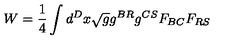
W = \frac { 1 } { 4 } \int d ^ { D } x \sqrt { g } g ^ { B R } g ^ { C S } F _ { B C } F _ { R S }